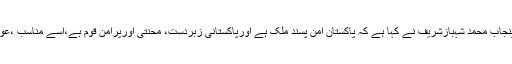
ہفتہ 12 مئی 2018 ء)پاکستان مسلم لیگ(ن) کے صدر اوروزیراعلیٰ پنجاب محمد شہبازشریف نے کہا ہے کہ پاکستان امن پسند ملک ہے اورپاکستانی زبردست، محنتی اورپرامن قوم ہے،اسے مناسب ،عوامی خدمت کے جذبے سے سرشاراورپرعزم قیادت کی ضرورت ہے ۔